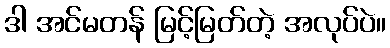
ဒါ အင်မတန် မြင့်မြတ်တဲ့ အလုပ်ပဲ။